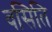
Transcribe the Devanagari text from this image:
वसिति